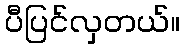
ပီပြင်လှတယ်။